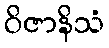
ဝိဇာနိသံ